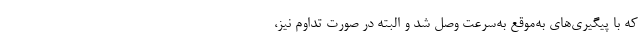
که با پیگیری‌های به‌موقع به‌سرعت وصل شد و البته در صورت تداوم نیز،